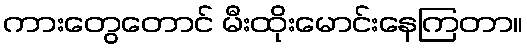
ကားတွေတောင် မီးထိုးမောင်းနေကြတာ။